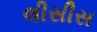
લીસીસ